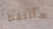
سألتقط